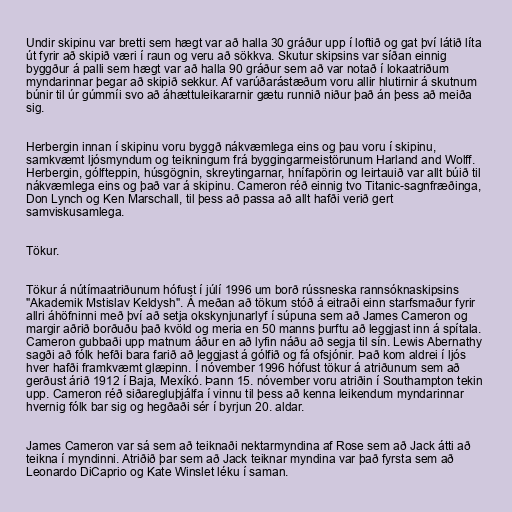
Undir skipinu var bretti sem hægt var að halla 30 gráður upp í loftið og gat því látið líta
út fyrir að skipið væri í raun og veru að sökkva. Skutur skipsins var síðan einnig
byggður á palli sem hægt var að halla 90 gráður sem að var notað í lokaatriðum
myndarinnar þegar að skipið sekkur. Af varúðarástæðum voru allir hlutirnir á skutnum
búnir til úr gúmmíi svo að áhættuleikararnir gætu runnið niður það án þess að meiða
sig.

Herbergin innan í skipinu voru byggð nákvæmlega eins og þau voru í skipinu,
samkvæmt ljósmyndum og teikningum frá byggingarmeistörunum Harland and Wolff.
Herbergin, gólfteppin, húsgögnin, skreytingarnar, hnífapörin og leirtauið var allt búið til
nákvæmlega eins og það var á skipinu. Cameron réð einnig tvo Titanic-sagnfræðinga,
Don Lynch og Ken Marschall, til þess að passa að allt hafði verið gert
samviskusamlega.

Tökur.

Tökur á nútímaatriðunum hófust í júlí 1996 um borð rússneska rannsóknaskipsins
"Akademik Mstislav Keldysh". Á meðan að tökum stóð á eitraði einn starfsmaður fyrir
allri áhöfninni með því að setja okskynjunarlyf í súpuna sem að James Cameron og
margir aðrið borðuðu það kvöld og meria en 50 manns þurftu að leggjast inn á spítala.
Cameron gubbaði upp matnum áður en að lyfin náðu að segja til sín. Lewis Abernathy
sagði að fólk hefði bara farið að leggjast á gólfið og fá ofsjónir. Það kom aldrei í ljós
hver hafði framkvæmt glæpinn. Í nóvember 1996 hófust tökur á atriðunum sem að
gerðust árið 1912 í Baja, Mexíkó. Þann 15. nóvember voru atriðin í Southampton tekin
upp. Cameron réð siðaregluþjálfa í vinnu til þess að kenna leikendum myndarinnar
hvernig fólk bar sig og hegðaði sér í byrjun 20. aldar.

James Cameron var sá sem að teiknaði nektarmyndina af Rose sem að Jack átti að
teikna í myndinni. Atriðið þar sem að Jack teiknar myndina var það fyrsta sem að
Leonardo DiCaprio og Kate Winslet léku í saman.